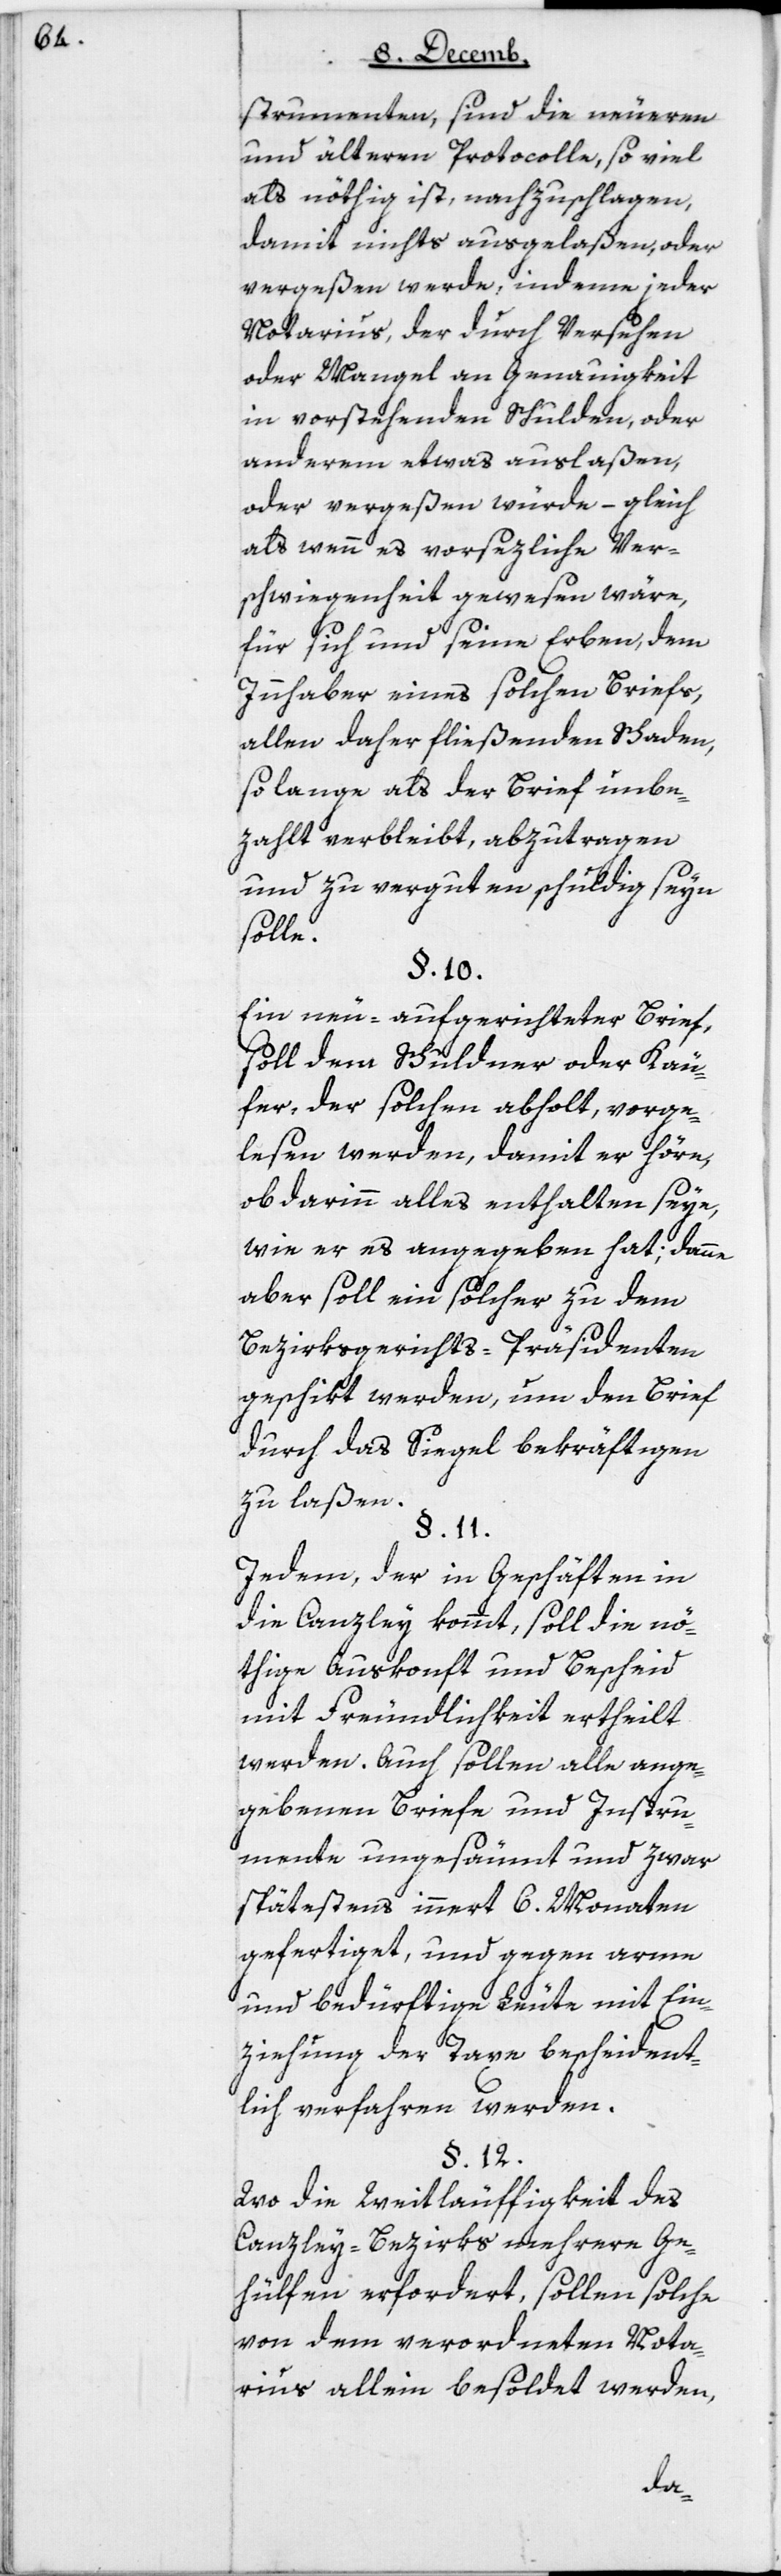
strumenten, sind die neueren
und älteren Protocolle, soviel
als nöthig ist, nachzuschlagen,
damit nichts ausgelaßen, oder
vergeßen werde, indem jeder
Notarius, der durch Versehen
oder Mangel an Genauigkeit
in vorstehenden Schulden, oder
anderm etwas auslaßen,
oder vergeßen würde – gleich
als wenn es vorsezliche Ver¬
schwiegenheit gewesen wäre,
für sich und seine Erben, dem
Innhaber eines solchen Briefs,
allen daher fließenden Schaden
so lange als der Brief unbe¬
zahlt verbleibt, abzutragen
und zu verguten schuldig seyn
solle.
§ 10.
Ein neu aufgerichteter Brief
soll dem Schuldner oder Käu¬
fer, der solchen abholt, vorge¬
lesen werden, damit er höre,
ob darinn alles enthalten seye,
wie er es angegeben hat; dann
aber soll ein solcher zu dem
Bezirksgerichts-Präsidenten
geschikt werden, um den Brief
durch das Siegel bekräftigen
zu laßen.
Jedem, der in Geschäften in
die Canzley kommt, soll die nö¬
thige Auskonft und Bescheid
mit Freundlichkeit ertheilt
werden. Auch sollen alle ange¬
gebenen Briefe und Instru¬
mente ungesäumt und zwar
spätestens innert 6 Monaten
gefertiget, und gegen arme
und bedürftige Leute mit Ein¬
ziehung der Taxe bescheident¬
lich verfahren werden.
§ 12.
Wo die Weitläuffigkeit des
Canzley-Bezirks mehrere Ge¬
hülfen erforderet, sollen solche
von dem verordneten Nota¬
rius allein besoldet werden,